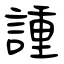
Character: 諥